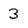
Character: 3